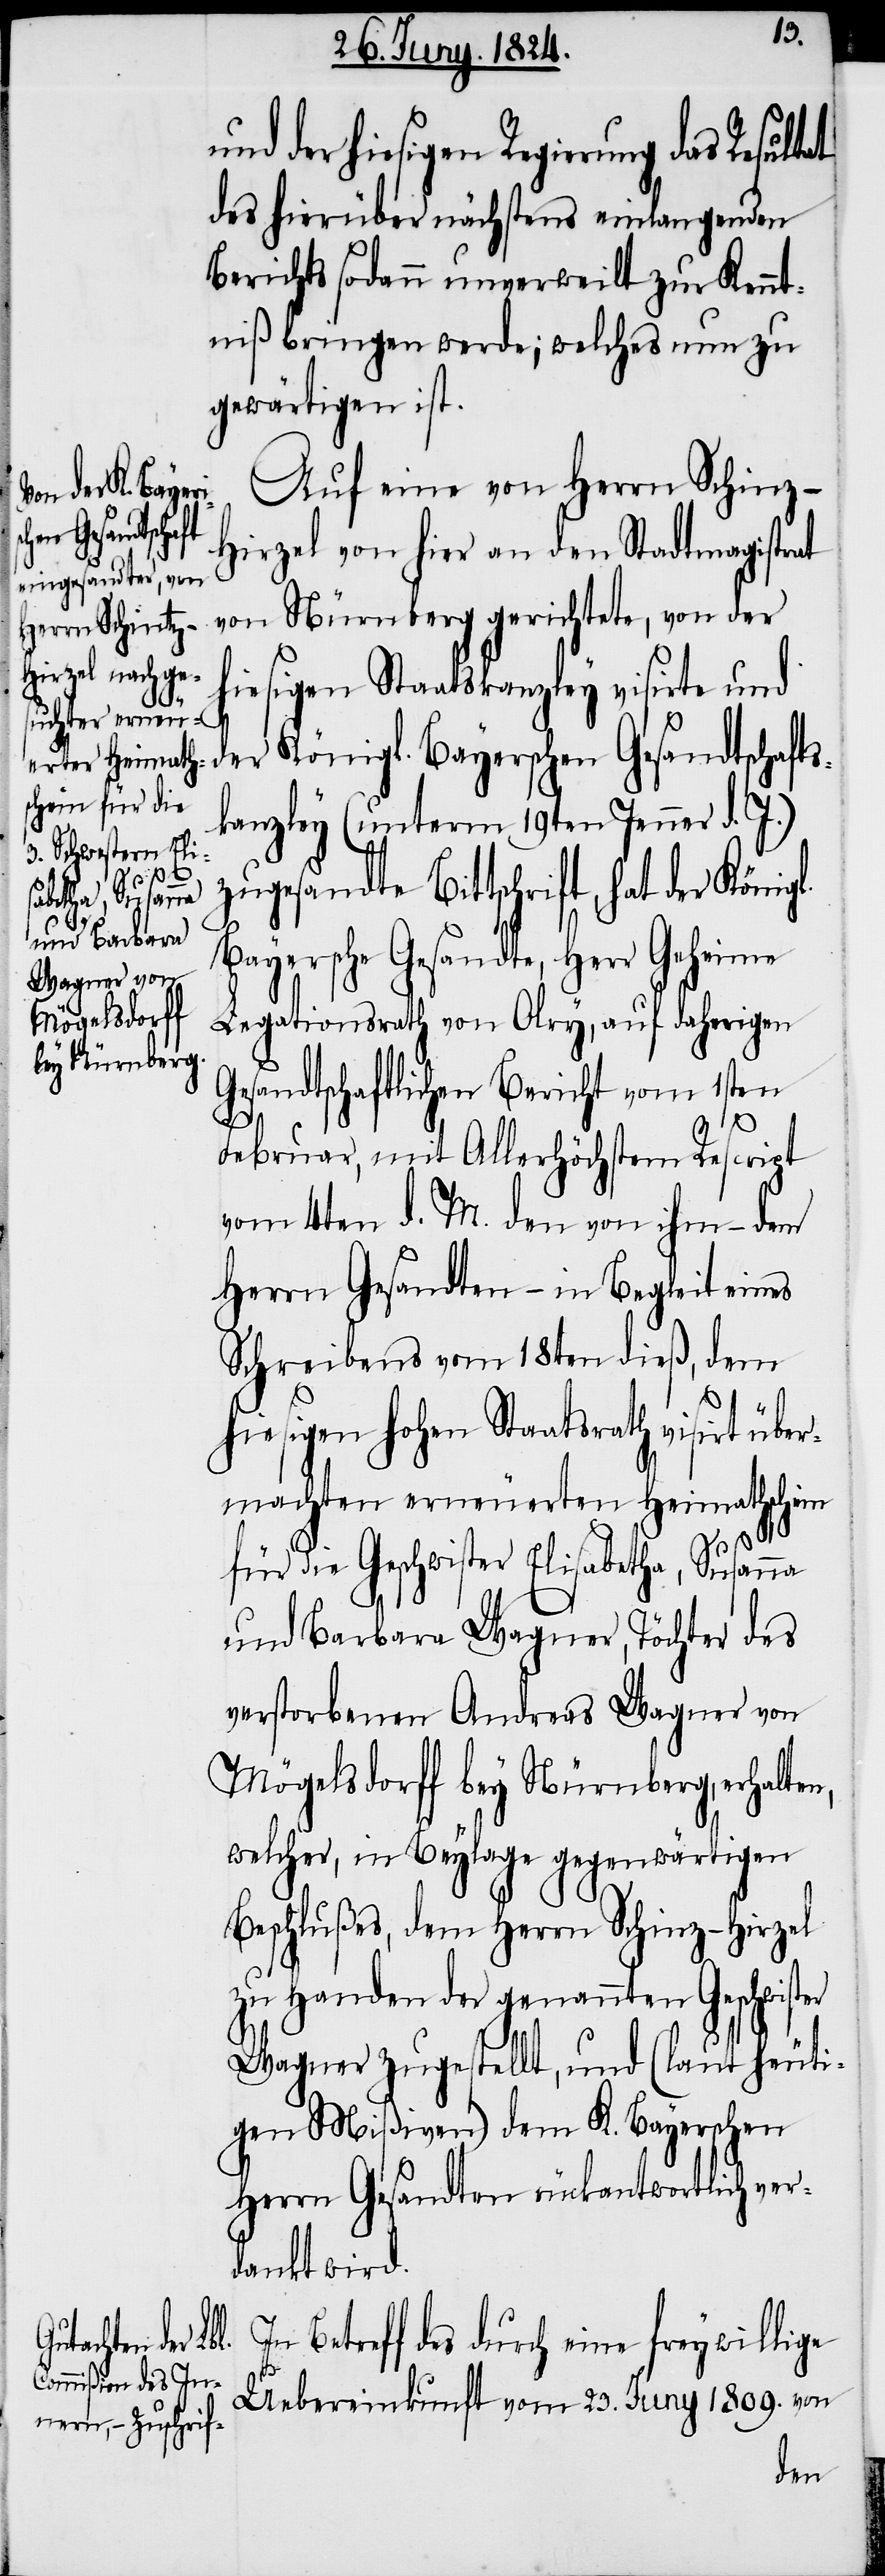
der hiesigen Regierung das Result¬
des hierüber nächstens einlangenden
Berichts sodann unverweilt zur Kennt¬
niß bringen werde; welches nun zu
gewärtigen ist.
Auf eine von Herrrn Schin¬
[sic] von hier an den Stadtmagistrat
hiesigen Staatskanzley visirte und
Ge¬
er Königl. Bayerschen Gesandtschafts¬
kanzley (unterm 19ten Jenner d. J.)
zugesandte Bittschrift, hat der Köni¬
Bayersche Gesandte, Herr Geheime
Legationsrath von Olry, auf daherigen
von Nürnberg
sandtschaftlichen Bericht vom 1sten
Februar, mit Allerhöchstem Rescript
vom 4ten d. M. den von ihm – dem
Herrn Gesandten – in Begleit eines
Schreibers vom 18ten dieß, dem
hiesigen hohen Staatsrath visirt über¬
machten erneuerten Heimathschein
für die Geschwister Elisabetha, Susanna
und Barbara Wagner, Töchter des
verstorbenen Andreas Wagner von
Mögelsdorff bey Nürnberg, erhalten,
welcher, in Beylage gegenwärtigen
Beschlußes, dem Herrn Schinz-Hirzel
zu Handen der genannten Geschwist¬
Wagner zugestellt, und (laut heuti¬
gen Mißiven) dem K. Bayerschen
Herrn Gesandten rückantwortlich ver¬
dankt wird.
richtete, von
Betreff des durch eine freywillige
er
Uebereinkunft vom 23. Juny 1809. von
der